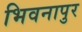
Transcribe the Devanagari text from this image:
भिवनापुर